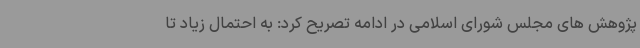
پژوهش های مجلس شورای اسلامی در ادامه تصریح کرد: به احتمال زیاد تا